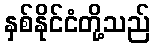
နှစ်နိုင်ငံတို့သည်